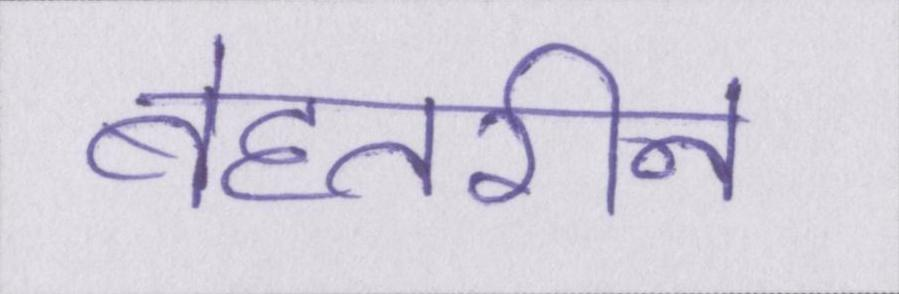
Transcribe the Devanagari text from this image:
बेहतरीन